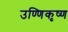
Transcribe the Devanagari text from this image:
उण्णिकृष्ण